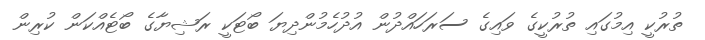
ތުރުކީ އިމުގައި ތުރުކީގެ ވައިގެ ސަރަހައްދުން އުދުހެމުންދިޔަ ބޯޓަކީ ރަޝިޔާގެ ބޯޓެއްކަން ކުރިން